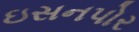
ઇસનપોર